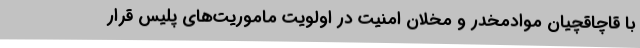
با قاچاقچیان موادمخدر و مخلان امنیت در اولویت ماموریت‌های پلیس قرار